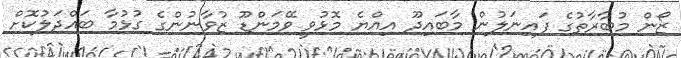
ޒޯން މުބާރާތުގެ ފައިނަލުން މާބައިދޫ އިއްޔެ މޮޅުވީ ވޭމަންޑޫ ޒުވާނުންގެ ގުޅުމާ ބައްދަލުކޮށް